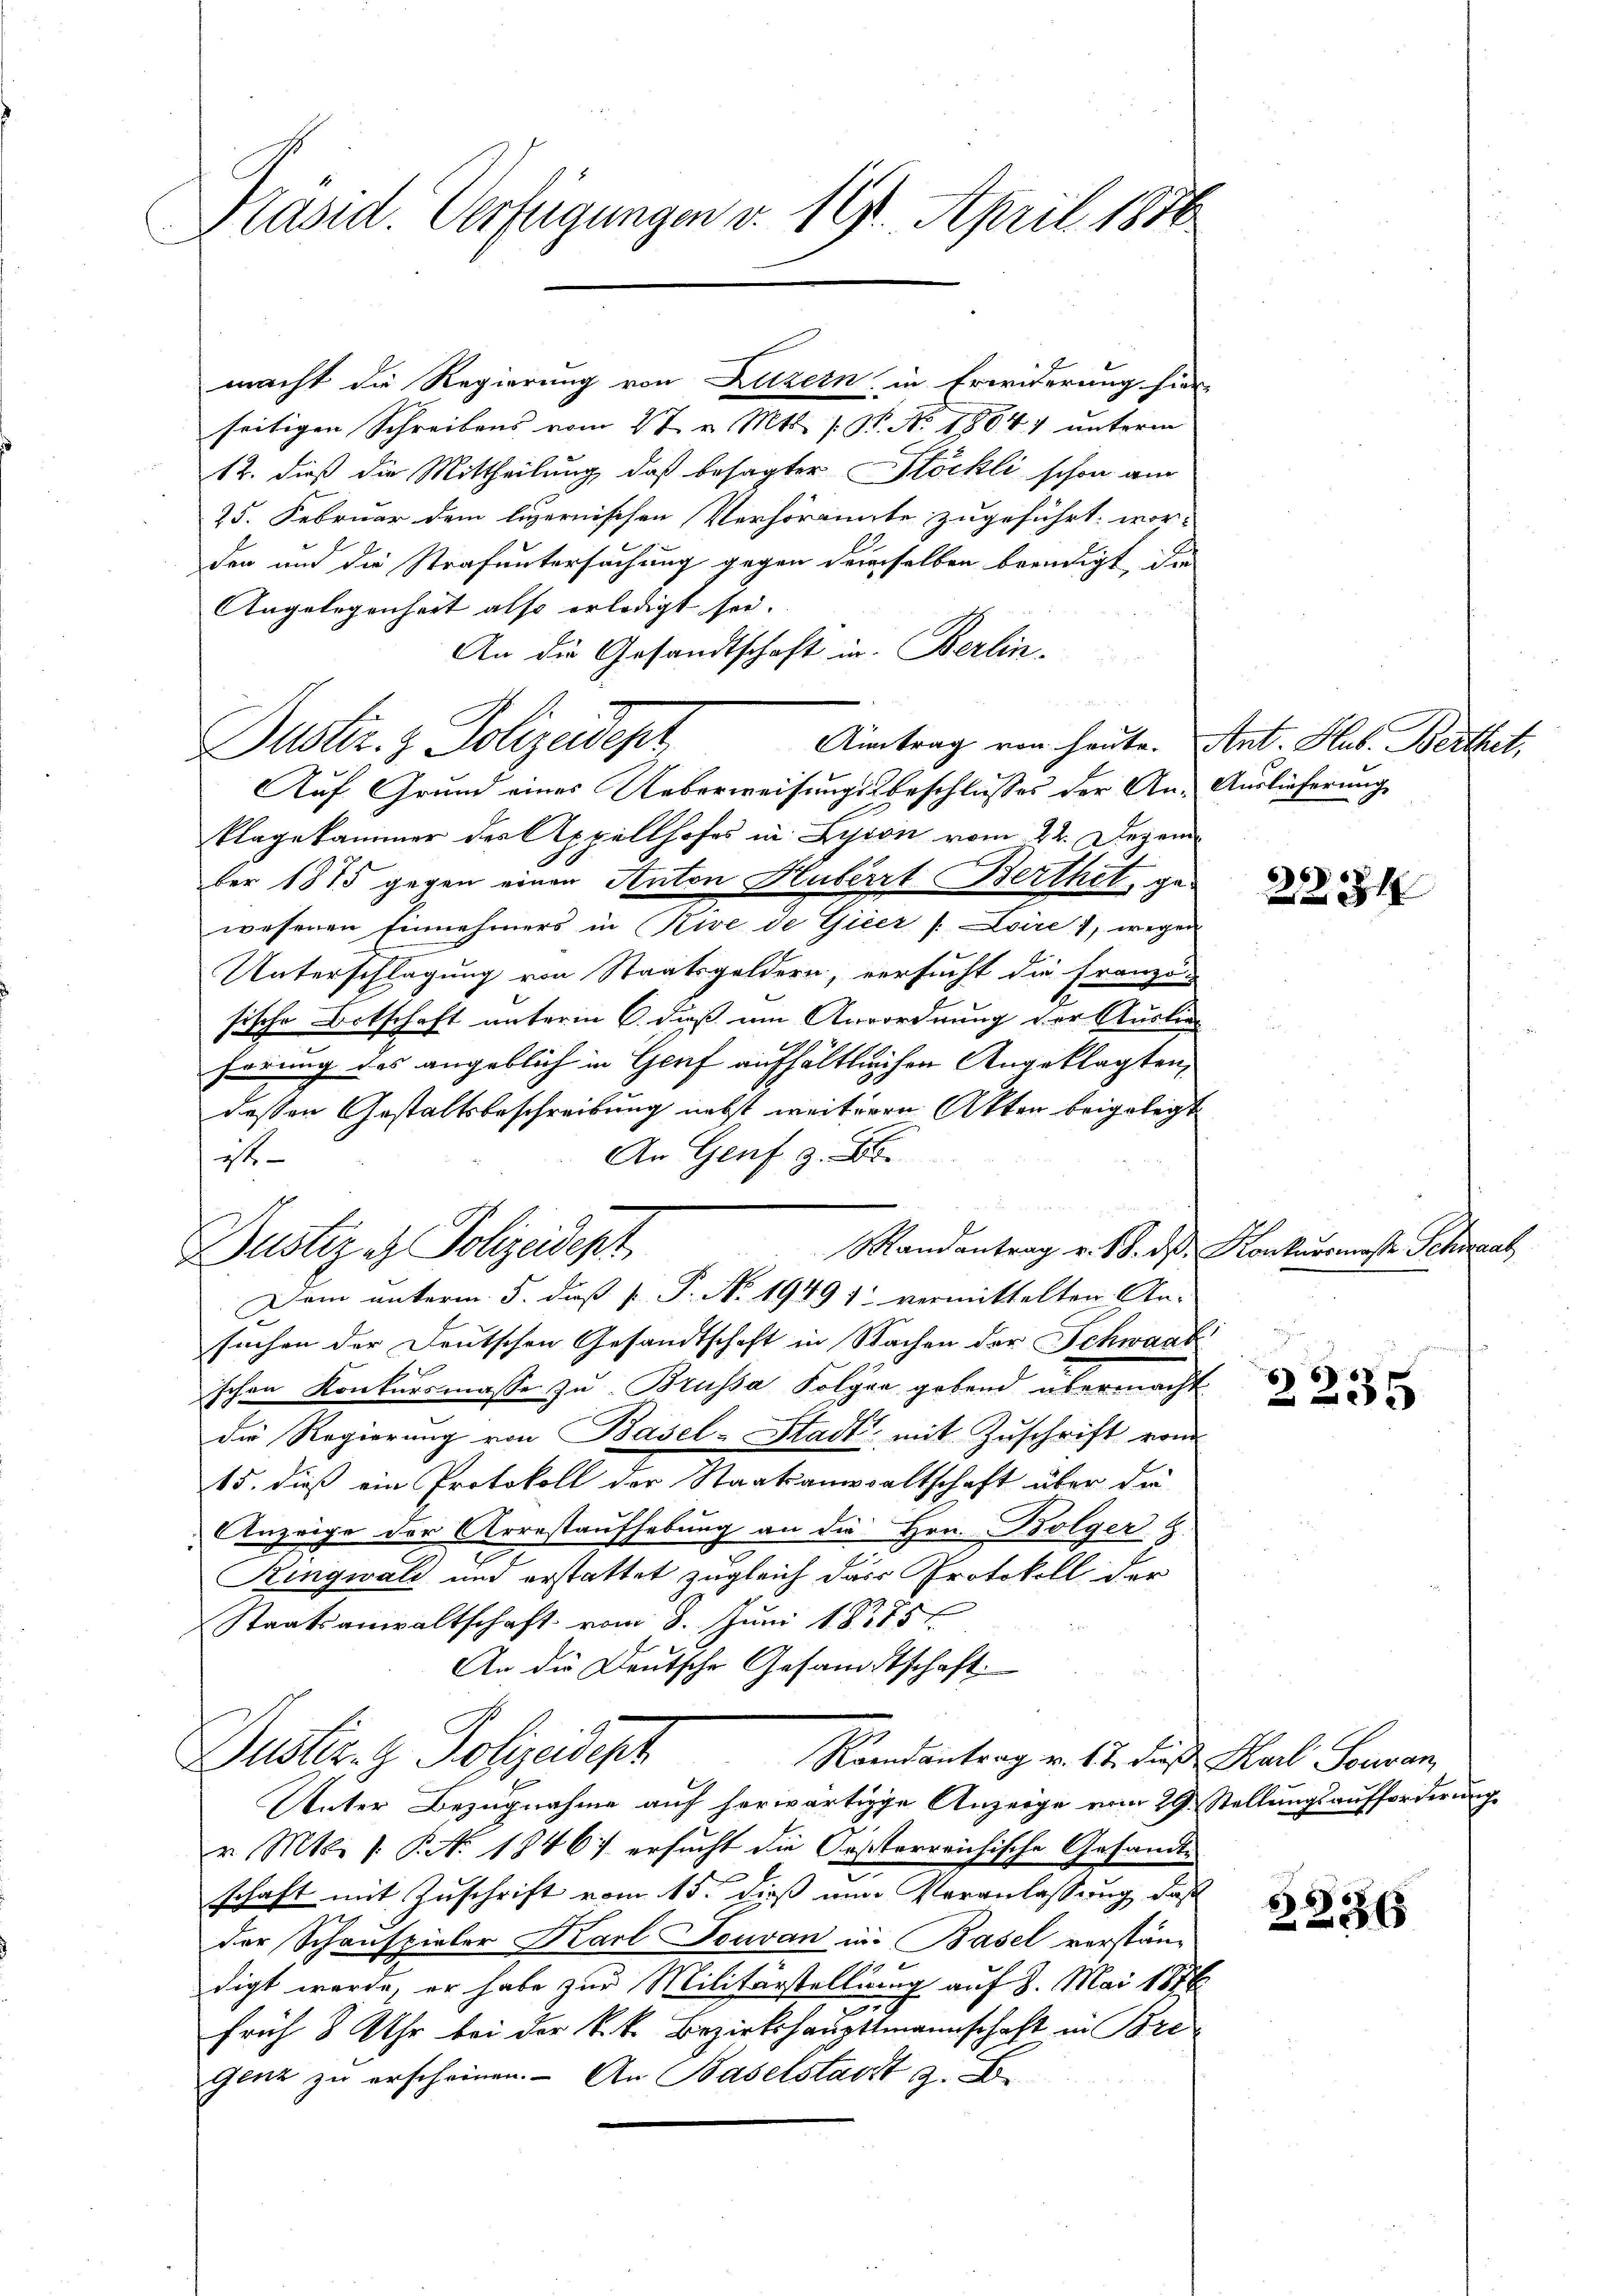
Präsid. Verfügungen v. 191. April 1876

macht die Regierung von Luzern in Erwiderung hier-
seitigen Schreibens vom 2t v. Mts. 19. No. 1804. unterm
12. dieß die Mittheilung, daß besagter Stöckli schon am
25. Februar dem luzernischen Verhörannte zugeführt: wor-
den und die Strafuntersuchung gegen demselben beendigt, die
Angelegenheit also erledigt sei.
An die Gesandtschaft in Berlin-
Aintrag von heute. Ant. Hub. Berthet,
Auf Grund eines Ueberweisungsbeschlusses der An- Auslieferung
Plagekammer der Appellhofes in Lyon vom 22. Dezember 1875 gegen einen Anton Huberrt Berthet, ge-
wesenen Einnehmers in Nive de Gieer /: Lire 1, wegen
Unterschlagung von Staatsgeldern, versucht die Franzö-
sische Ortschaft unterm 6. daß am Aerordnung der Auslie
hörung das angeblich in Genf aufhältlichen Angeklagten,
deßen Gestaltsbeschreibung nebst weiteren Akten beigelegt
An Genf z. B.
ist
Mandantrag v. 18. ds. Konkursmasse Schwaab
Dustiz & Polizeident
suchen der Deutschen Gesandtschaft in Wachen der Schwank
schen Konkursmasse zu Brüssa Folgen gebend übermacht
die Regierung von Basel-Stadt mit Zuschrift von
15. dieß ein Protokoll der Staatsanwaltschaft über die
Anzeige der Arrestaufhebung an die Hrn. Bolger Z.
Ringwald und erstattet zugleich das Protokoll der
Staatsanwaltschaft vom 8. Juni 18775
An die Deutsche Gesandtschaft.
Dustiz- & Polizeidest
Randantrag v. 17. dieß Karl Souvan
Unter Bezugnahme auf herwärtige Anzeige vom 29. Stellungsaufforderung
r. Mts. 1. P. No. 18467 ersucht die Oesterreichische Gesandte
schaft mit Zuschrift vom 15. dieß ein Veranlassung, daß
der Schauspieler Karl Jouvan in Basel verständigt werde, er habe zur Militärstellung auf 8. Mai 1876
n
früh 8 Uhr bei der k.k. Bezirkshaupttmannschaft in Bre
Genz zu erscheinen. An Baselstadt z. B.

Duster. & Polizeidept

Dem unterm 5. daß [ P. N. 1949 1 vermittelten An-

2234

6
5

3236